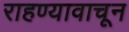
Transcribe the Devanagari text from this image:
राहण्यावाचून